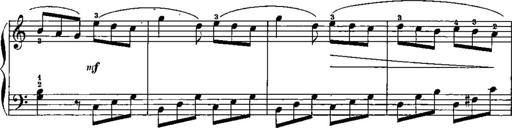
Title: Trois sonatines
Composer: Maurice Emmanuel